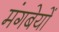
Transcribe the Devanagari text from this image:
मंगबेयों